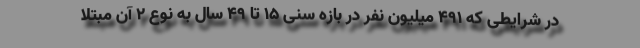
در شرایطی که 491 میلیون نفر در بازه سنی 15 تا 49 سال به نوع 2 آن مبتلا